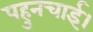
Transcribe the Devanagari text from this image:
पहुनचाई।